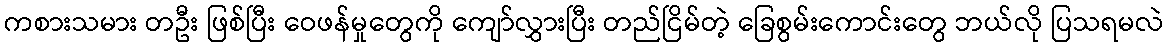
ကစားသမား တဦး ဖြစ်ပြီး ဝေဖန်မှုတွေကို ကျော်လွှားပြီး တည်ငြိမ်တဲ့ ခြေစွမ်းကောင်းတွေ ဘယ်လို ပြသရမလဲ